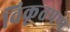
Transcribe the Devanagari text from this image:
विकृतपणे